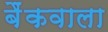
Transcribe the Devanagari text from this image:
बैंकवाला